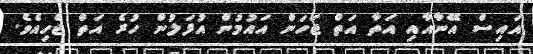
އައިސް އޭނާއާއި އަތާ އަތް ޖަހަން އައުމުން އުފަލުން ހުރެ އަތް ޖެހިއެވެ.